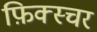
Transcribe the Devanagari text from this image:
फ़िक्स्चर